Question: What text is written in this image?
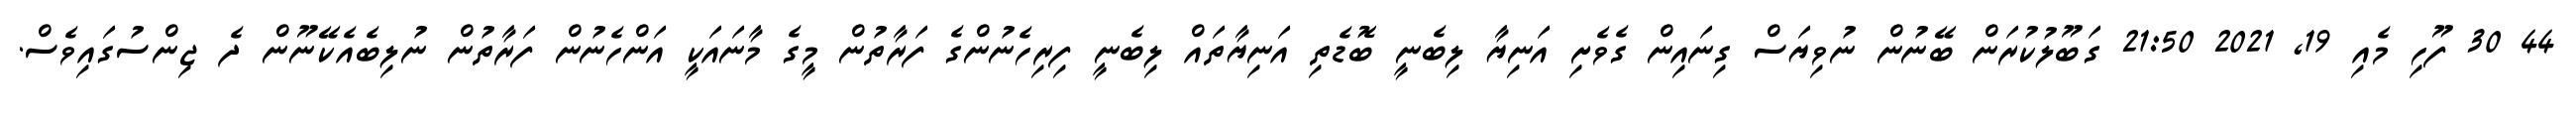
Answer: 44 30 ފޫހި މެއި 19, 2021 21:50 ގަބޫލުކުރަން ބޭނުން ނުވިޔަސް ގިނައިން ގެވެށި އަނިޔާ ލިބެނީ ބޮޑެތި އަނިޔާތައް ލިބެނީ ފިރިހެނުންގެ ފަރާތުން މީގެ މާނައަކީ އަންހެނުން ފަރާތުން ނުލިބެއެކޭނޫން ދެ ޖިންސުގައިވެސް.